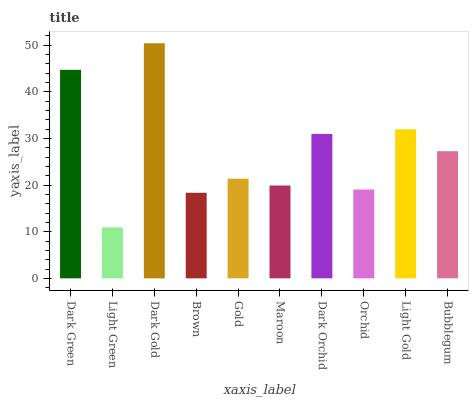
| xaxis_label | bars |
 | --- | --- |
 | Dark Green | 44.7 |
 | Light Green | 10.9 |
 | Dark Gold | 50.4 |
 | Brown | 18.4 |
 | Gold | 21.4 |
 | Maroon | 19.9 |
 | Dark Orchid | 31 |
 | Orchid | 19.1 |
 | Light Gold | 32 |
 | Bubblegum | 27.3 |